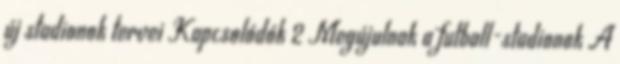
új stadionok tervei Kapcsolódók 2 Megújulnak a futball-stadionok A